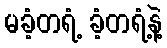
မခံ့တရံ့ ခံ့တရံ့နဲ့